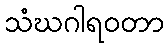
သံဃဂါရဝတာ